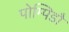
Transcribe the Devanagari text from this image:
पोम्पिडौ